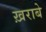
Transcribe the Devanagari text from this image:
ख़राबे